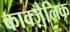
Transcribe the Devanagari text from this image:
काक्ज़ैलिक